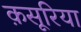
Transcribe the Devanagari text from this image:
क़सूरिया